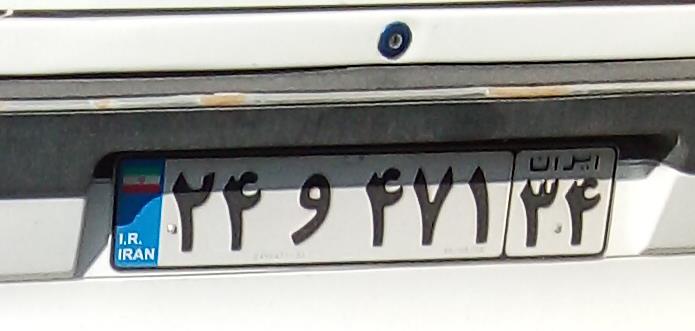
۲۴و۴۷۱۳۴